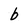
Character: b